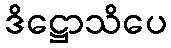
ဒိဋ္ဌောသိပေ